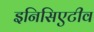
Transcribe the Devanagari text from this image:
इनिसिएटीव